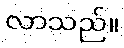
လာသည်။